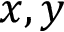
x , y